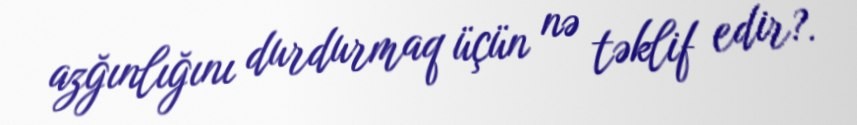
azğınlığını durdurmaq üçün nə təklif edir?.